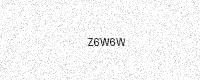
Text: Z6W6W